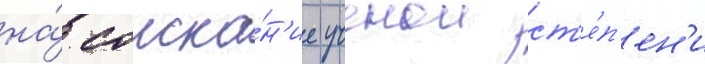
на́ соиска́н'ие ученои ст'е́п'ен'и